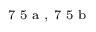
^ \textrm { \scriptsize 7 5 a , 7 5 b }